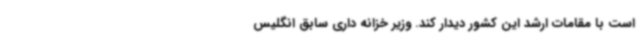
است با مقامات ارشد این کشور دیدار کند. وزیر خزانه داری سابق انگلیس